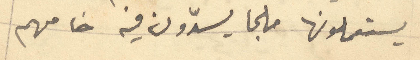
يستعملونها ملجا يسدّون فيه خامهم